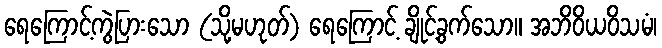
ရေကြောင့်ကွဲပြားသော (သို့မဟုတ်) ရေကြောင့် ချိုင့်ခွက်သော။ အဘိဝိယဝိသမံ၊